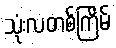
သုံးလတစ်ကြိမ်